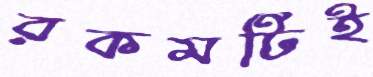
রকমটিই